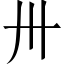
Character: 卅